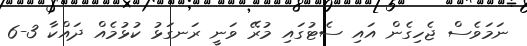
ނަމަވެސް ޖެހިގެން އައި ސެޓުގައި މުރޭ ވަނީ ރަނގަޅު ކުޅުމެއް ދައްކާ 3-6